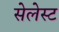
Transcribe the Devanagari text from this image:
सेलेस्ट